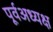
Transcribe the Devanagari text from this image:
पूर्वअध्यक्ष